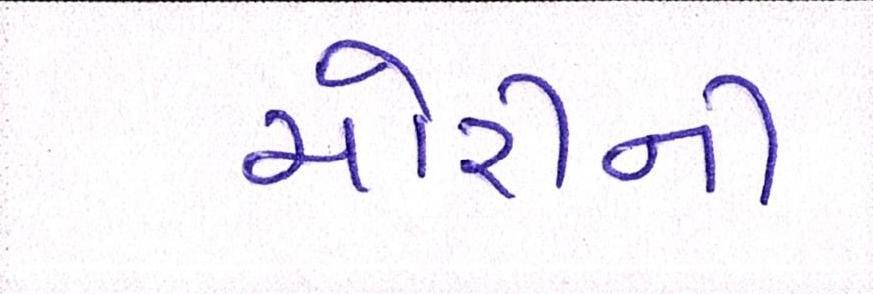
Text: ચોરીની